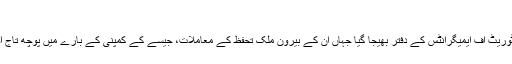
‘
ابرار کو کاغذات مکمل کرنے کے بعد پروٹیکٹوریٹ آف ایمیگرانٹس کے دفتر بھیجا گیا جہاں ان کے بیرونِ ملک تحفظ کے معاملات، جیسے کے کمپنی کے بارے میں پوچھ تاج اور نوکری کے بارے میں جانچ پڑتال کی گئی۔